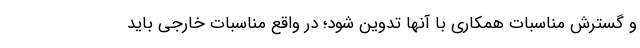
و گسترش مناسبات همکاری با آنها تدوین شود؛ در واقع مناسبات خارجی باید